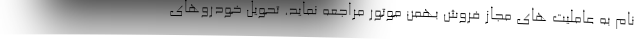
نام به عاملیت های مجاز فروش بهمن موتور مراجعه نماید. تحویل خودروهای